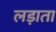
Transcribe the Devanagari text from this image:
लड़ाता